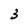
Character: 3